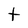
Character: t